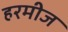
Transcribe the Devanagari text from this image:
हरमीज